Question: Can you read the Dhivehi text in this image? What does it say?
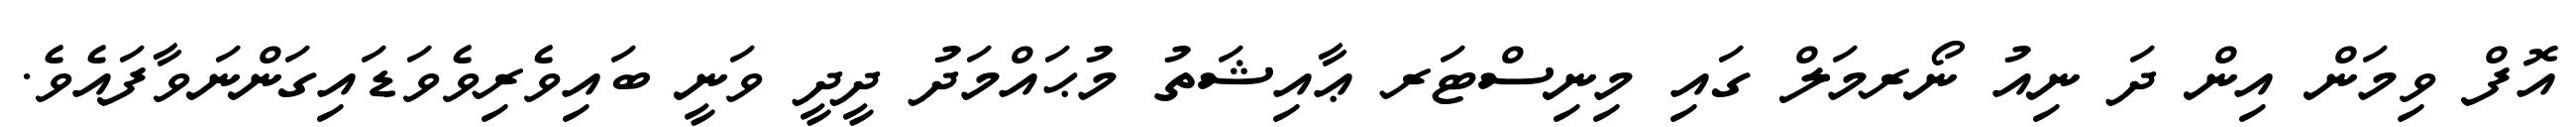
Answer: އޮފް ވިމަން އިން ދަ ނިއު ނޯރމަލް ގައި މިނިސްޓަރ ޢާއިޝަތު މުޙައްމަދު ދީދީ ވަނީ ބައިވެރިވެވަޑައިގަންނަވާފައެވެ.